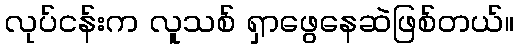
လုပ်ငန်းက လူသစ် ရှာဖွေနေဆဲဖြစ်တယ်။